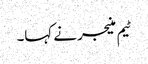
ٹیم منیجر نے کہا۔